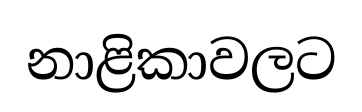
නාළිකාවලට